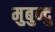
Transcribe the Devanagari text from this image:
मुबुन्दु